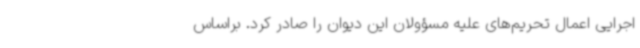
اجرایی اعمال تحریم‌های علیه مسؤولان این دیوان را صادر کرد. براساس